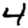
Digit: 4